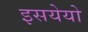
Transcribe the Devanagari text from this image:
इसयेयो